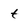
Character: t